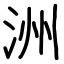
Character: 洲